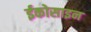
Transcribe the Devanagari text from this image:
ईकोसाइन